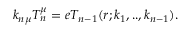
k _ { n \mu } T _ { n } ^ { \mu } = e T _ { n - 1 } ( r ; k _ { 1 } , . . , k _ { n - 1 } ) .